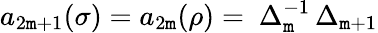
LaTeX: a_{2\mathtt{m}+1}(\sigma)=a_{2\mathtt{m}}(\rho)=\ \Delta_{\mathtt{m}}^{-1}\, \Delta_{\mathtt{m}+1}